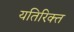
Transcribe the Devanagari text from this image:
यतिरिक्त